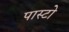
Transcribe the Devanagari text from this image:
पास्टो